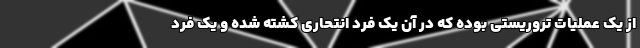
از یک عملیات تروریستی بوده که در آن یک فرد انتحاری کشته شده و یک فرد